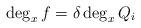
LaTeX: \begin{align*}\deg_xf=\delta\deg_xQ_i\end{align*}